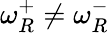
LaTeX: \omega_{R}^{+}\neq\omega_{R}^{-}